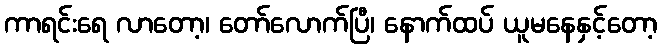
ကာရင်းရေ လာတော့၊ တော်လောက်ပြီ၊ နောက်ထပ် ယူမနေနှင့်တော့